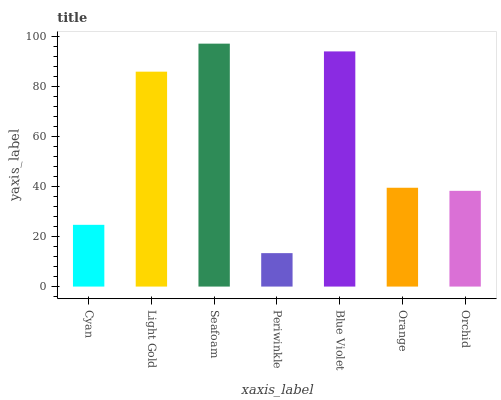
| xaxis_label | bars |
 | --- | --- |
 | Cyan | 24.7 |
 | Light Gold | 86 |
 | Seafoam | 97.2 |
 | Periwinkle | 13.4 |
 | Blue Violet | 94.1 |
 | Orange | 39.6 |
 | Orchid | 38.3 |